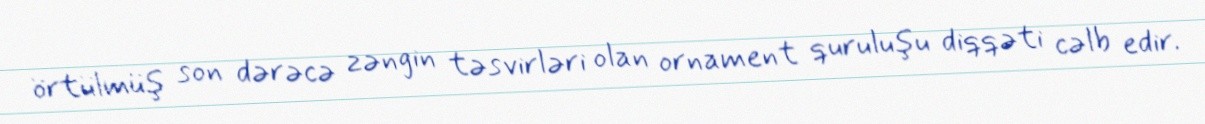
örtülmüş son dərəcə zəngin təsvirləri olan ornament quruluşu diqqəti cəlb edir.